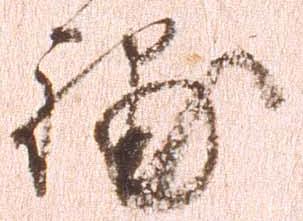
捕